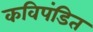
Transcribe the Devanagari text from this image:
कविपंडित